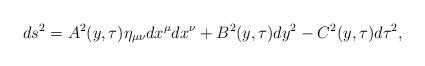
LaTeX: \begin{align*}ds^{2}=A^{2}(y,\tau )\eta _{\mu \nu }dx^{\mu }dx^{\nu }+B^{2}(y,\tau)dy^{2}-C^{2}(y,\tau )d\tau ^{2}, \end{align*}